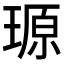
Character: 𪼆